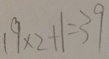
1 9 \times 2 + 1 = 3 9